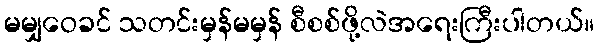
မမျှဝေခင် သတင်းမှန်မမှန် စီစစ်ဖို့လဲအရေးကြီးပါတယ်။